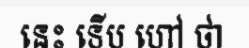
នេះ ទើប ហៅ ថា